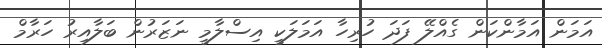
އަމަން އަމާންކަން ގެއްލޭ ފަދަ ހުރިހާ އަމަލަކީ އިސްލާމީ ނަޒަރުން ބަލާއިރު ހަރާމް